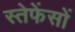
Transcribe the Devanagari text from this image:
स्तेफेंसों